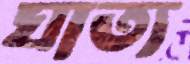
ঘাত্য